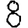
Digit: 8